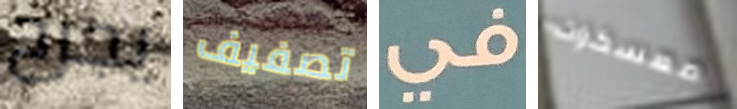
يجرح تصفيف في معسكرات